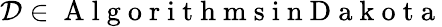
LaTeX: \mathcal{D}\in{\mathrm{~A~l~g~o~r~i~t~h~m~s~i~n~D~a~k~o~t~a~}}